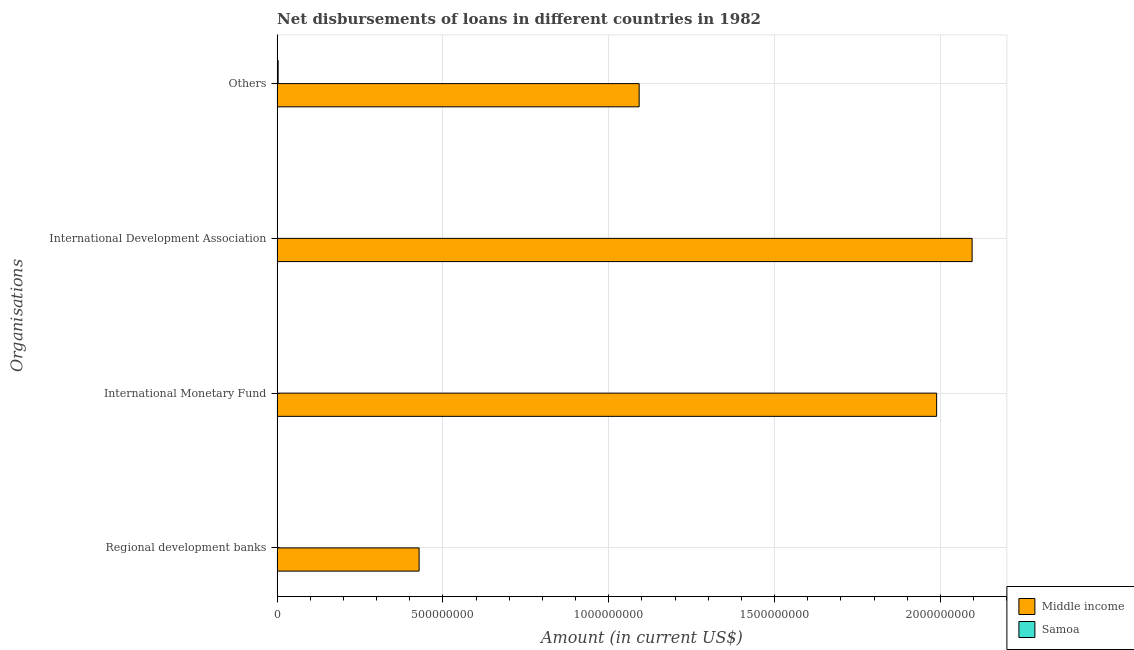
| Organisations | Middle income | Samoa |
 | --- | --- | --- |
 | Regional development banks | 4.28e+08 | 1.19e+06 |
 | International Monetary Fund | 1.99e+09 | -1.2e+04 |
 | International Development Association | 2.1e+09 | 1.09e+06 |
 | Others | 1.09e+09 | 3.11e+06 |